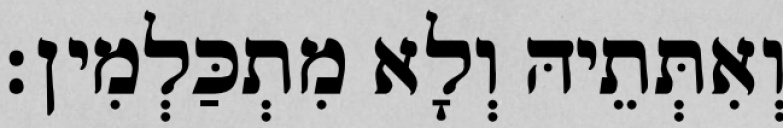
וְאִתְּתֵיהּ וְלָא מִתְכַּלְמִין׃